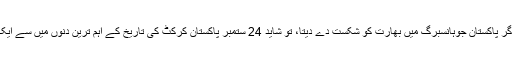
لیکن اگر پاکستان جوہانسبرگ میں بھارت کو شکست دے دیتا، تو شاید 24 ستمبر پاکستان کرکٹ کی تاریخ کے اہم ترین دنوں میں سے ایک ہوتا۔